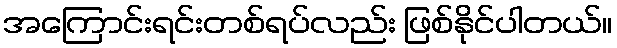
အကြောင်းရင်းတစ်ရပ်လည်း ဖြစ်နိုင်ပါတယ်။